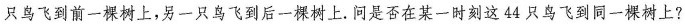
只鸟飞到前一棵树上，另一只鸟飞到后一棵树上。问是否在某一时刻这44只鸟飞到同一棵树上?